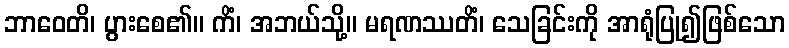
ဘာဝေတိ၊ ပွားစေ၏။ ကိံ၊ အဘယ်သို့။ မရဏဿတိံ၊ သေခြင်းကို အာရုံပြု၍ဖြစ်သော